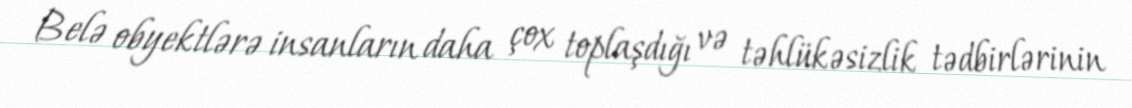
Belə obyektlərə insanların daha çox toplaşdığı və təhlükəsizlik tədbirlərinin